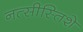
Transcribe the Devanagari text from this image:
नत्सीस्तिशे